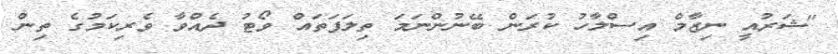
"ޝަރުއީ ނިޒާމް އިސްލާހު ކުރަން ބޭނުންނަމަ ތިލަފަތައް ވޯޓު ދެއްވާ ވެރިކަމުގެ ތިން